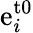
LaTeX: \mathrm{e}_{i}^{\mathrm{t0}}